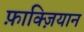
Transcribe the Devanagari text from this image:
फ़ाक्ज़ियान